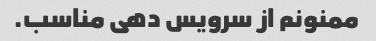
ممنونم از سرویس دهی مناسب.